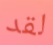
لقد